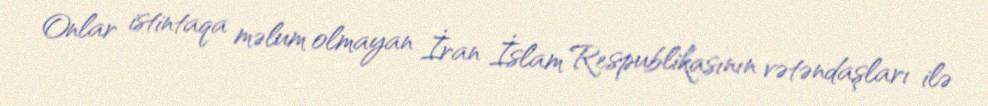
Onlar istintaqa məlum olmayan İran İslam Respublikasının vətəndaşları ilə